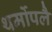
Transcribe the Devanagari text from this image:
थर्मोपलै